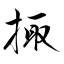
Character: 掫